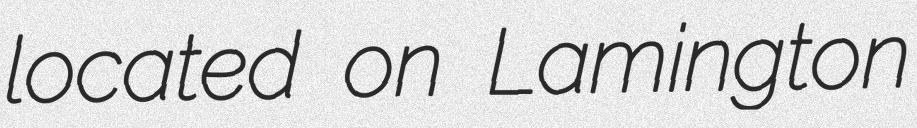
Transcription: located on Lamington